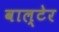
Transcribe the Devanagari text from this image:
वाल्टेर